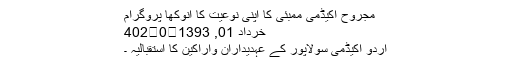
مجروح اکیڈمی ممبئی کا اپنی نوعیت کا انوکھا پروگرام
خرداد 01, 1393	0	402
اردو اکیڈمی سولاپور کے عہدیداران واراکین کا استقبالیہ ۔